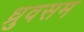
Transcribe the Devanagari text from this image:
ध्रुवसम